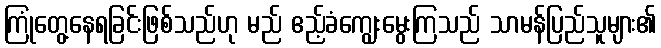
ကြုံတွေ့နေရခြင်းဖြစ်သည်ဟု မည် ဧည့်ခံကျွေးမွေးကြသည် သာမန်ပြည်သူများ၏